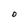
Character: O